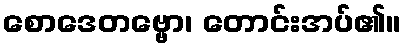
စောဒေတဗ္ဗော၊ တောင်းအပ်၏။